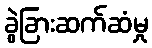
ခွဲခြားဆက်ဆံမှု